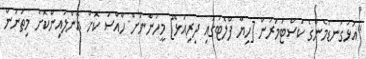
"އަޅުގަނޑުމެންގެ ކަސްޓަމަރުން [ހިޔާ ފްލެޓުގައި ދިރިއުޅޭ] މީހުންނަށް ހާއްސަ ކޮށް އޮންލައިންކޮށް މިތަނުން